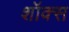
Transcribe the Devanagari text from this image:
शॉक्स